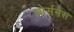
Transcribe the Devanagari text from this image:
थोर्सनेस